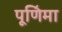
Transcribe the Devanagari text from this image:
पूणि॔मा